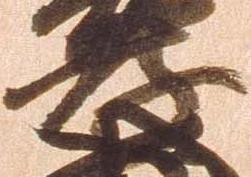
孝